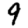
Digit: 9